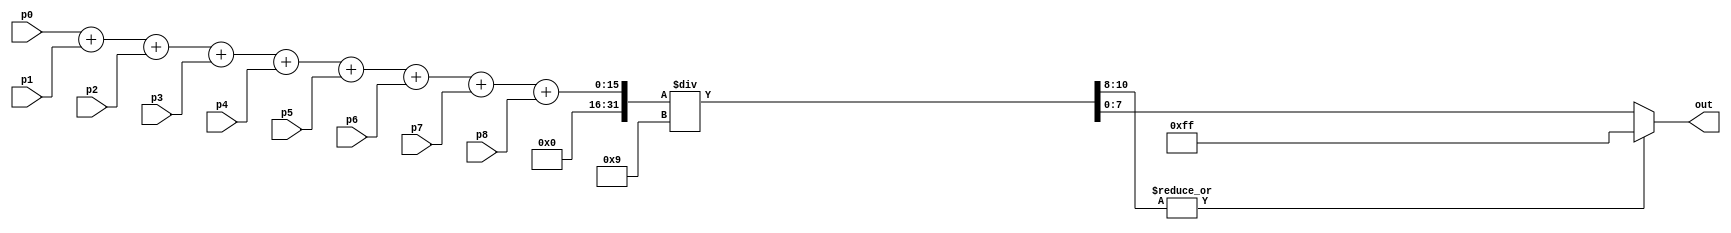
module core_avg ( p0, p1, p2, p3, p4, p5, p6, p7, p8, out);

input  [7:0] p0, p1, p2, p3, p4, p5, p6, p7, p8;
output [7:0] out;					
wire [10:0] sum;	

assign sum = (p0+p1+p2+p3+p4+p5+p6+p7+p8)/9;    // Find the average of the pixel
assign out = (|sum[10:8])?8'hff : sum[7:0];	// to limit the max value to 255 (sum[10]|sum[9]|sum[8]=1 then out=255 else: sum[7:0])

endmodule